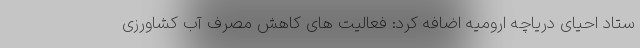
ستاد احیای دریاچه ارومیه اضافه کرد: فعالیت های کاهش مصرف آب کشاورزی